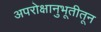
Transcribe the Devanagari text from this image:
अपरोक्षानुभूतीतून